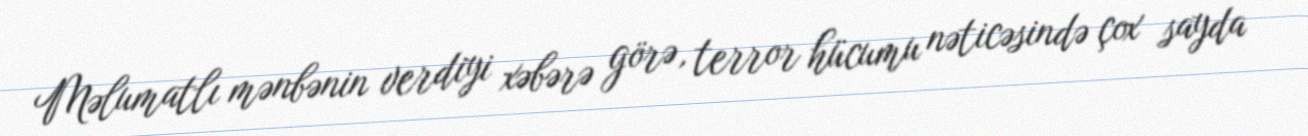
Məlumatlı mənbənin verdiyi xəbərə görə, terror hücumu nəticəsində çox sayda